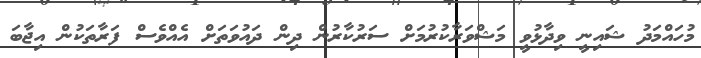
މުހައްމަދު ޝައިނީ ވިދާޅުވީ މަޝްވަރާކުރުމަށް ސަރުކާރުން ދިން ދައުވަތަށް އެއްވެސް ފަރާތަކުން އިޖާބަ